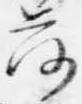
落